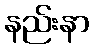
နည်းနာ